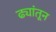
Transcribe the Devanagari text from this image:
ढ्यांतून